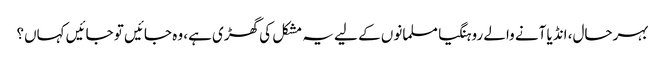
بہرحال، انڈیا آنے والے روہنگیا مسلمانوں کے لیے یہ مشکل کی گھڑی ہے، وہ جائیں تو جائیں کہاں؟